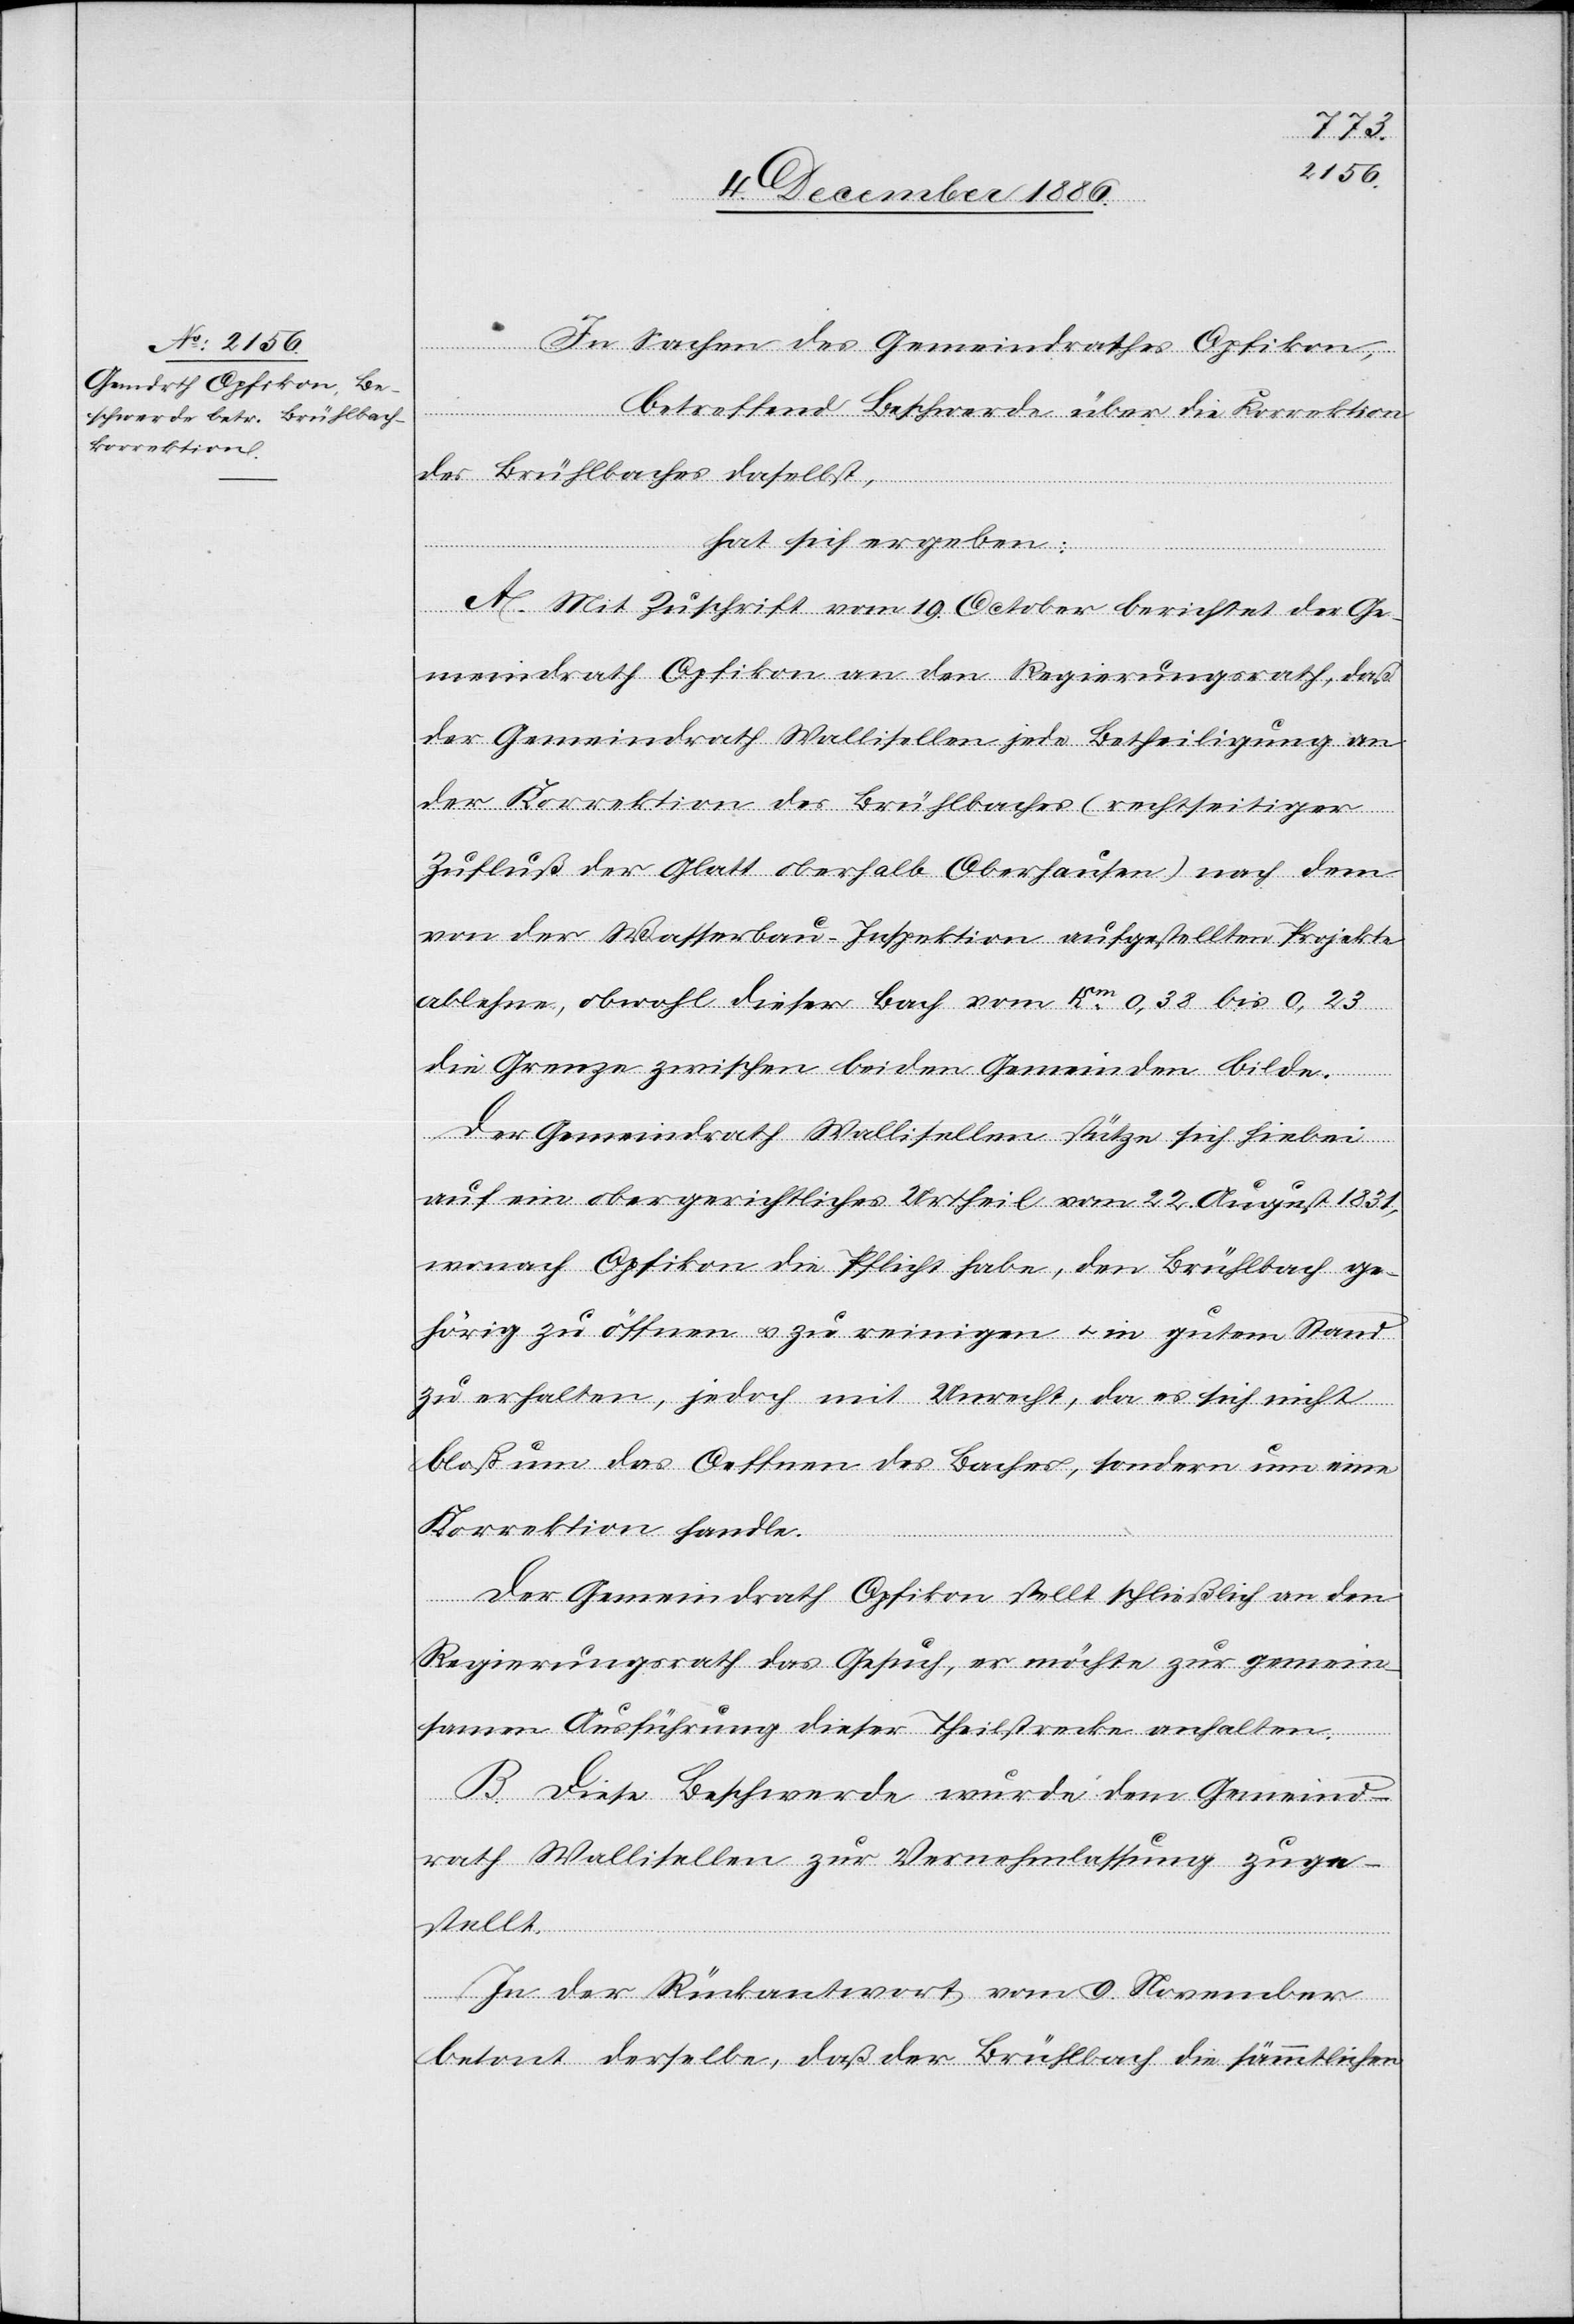
In Sachen des Gemeindrathes Opfikon,
betreffend Beschwerde über die Korrektion
des Brühlbaches daselbst,
hat sich ergeben:
A. Mit Zuschrift vom 19. October berichtet der Ge¬
meindrath Opfikon an den Regierungsrath, daß
der Gemeindrath Wallisellen jede Betheiligung an
der Korrektion des Brühlbaches (rechtseitiger
Zufluß der Glatt oberhalb Oberhausen) nach dem
von der Wasserbau-Inspektion aufgestellten Projekte
ablehne, obwohl dieser Bach vom Km 0,38 bis 0,23
die Grenze zwischen beiden Gemeinden bilde.
Der Gemeindrath Wallisellen stütze sich hiebei
auf ein obergerichtliches Urtheil von 22. August 1831,
wonach Opfikon die Pflicht habe, den Brühlbach ge¬
hörig zu öffnen & zu reinigen & in gutem Stand
zu erhalten, jedoch mit Unrecht, da es sich nicht
bloß um das Oeffnen des Baches, sondern um eine
Korrektion handle.
Der Gemeindrath Opfikon stellt schließlich an den
Regierungsrath das Gesuch, er möchte zur gemein¬
samen Ausführung dieser Theilstrecke anhalten.
B. Diese Beschwerde wurde dem Gemeind¬
rath Wallisellen zur Vernehmlassung zuge¬
stellt.
In der Rückantwort vom 9. November
betont derselbe, daß der Brühlbach die sämmtlichen